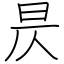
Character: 昃